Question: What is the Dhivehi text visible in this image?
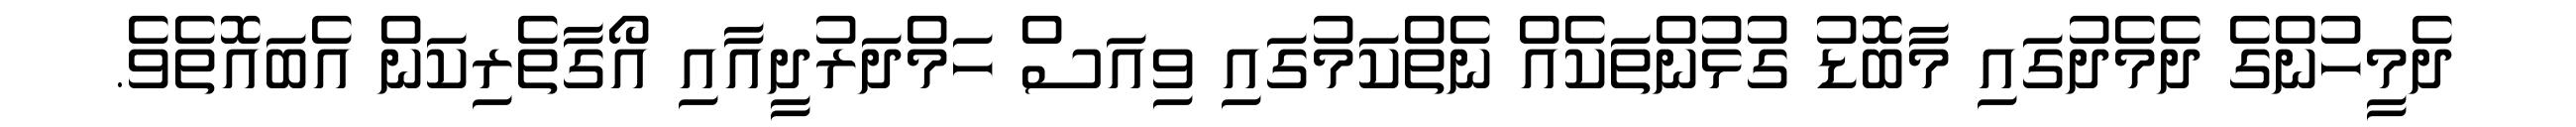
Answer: ދެމީހުންގެ ދެމެދުގައި މާބޮޑު ގުޅުންތަކެއް ނެތްކަމުގައި ވިއަސް ހަމްދަރުދީއާއި އޯގާތެރިކަން އެބައޮތެވެ.